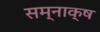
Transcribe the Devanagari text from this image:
सम्नाक्ष